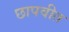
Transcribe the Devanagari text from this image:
छापवीत